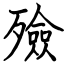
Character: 殮